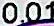
0.01